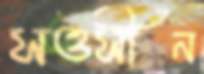
সওসীন